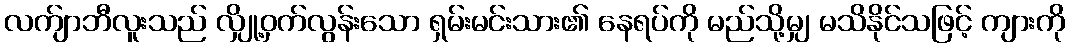
လက်ျာဘီလူးသည် လျှို့ဝှက်လွန်းသော ရှမ်းမင်းသား၏ နေရပ်ကို မည်သို့မျှ မသိနိုင်သဖြင့် ကျားကို